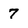
Character: 7